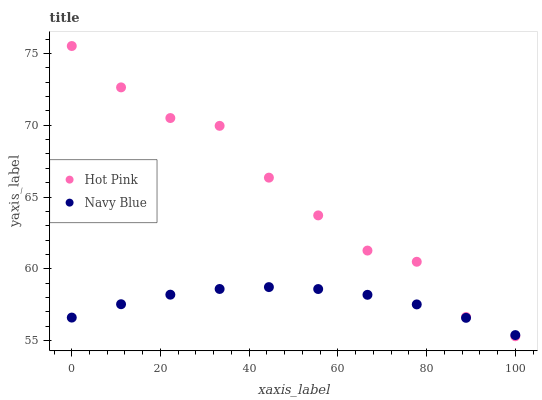
| xaxis_label | Hot Pink | Navy Blue |
 | --- | --- | --- |
 | 0 | 75.5 | 56.6 |
 | 11.1 | 72.6 | 57.5 |
 | 22.2 | 70.5 | 58.2 |
 | 33.3 | 70 | 58.6 |
 | 44.4 | 66.3 | 58.7 |
 | 55.6 | 63.7 | 58.6 |
 | 66.7 | 61.3 | 58.2 |
 | 77.8 | 60.5 | 57.5 |
 | 88.9 | 56.6 | 56.6 |
 | 100 | 55.3 | 55.4 |